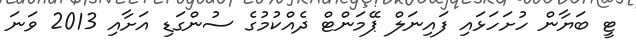
ޓީ ބަޔާން ހުށަހަޅައި ފައިނަލް ޕޭމަންޓް ދެއްކުމުގެ ސުންގަޑި އަށާއި 2013 ވަނަ